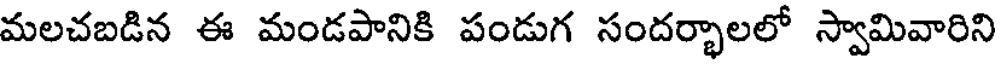
మలచబడిన ఈ మండపానికి పండుగ సందర్భాలలో స్వామివారిని